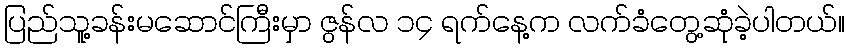
ပြည်သူ့ခန်းမဆောင်ကြီးမှာ ဇွန်လ ၁၄ ရက်နေ့က လက်ခံတွေ့ဆုံခဲ့ပါတယ်။